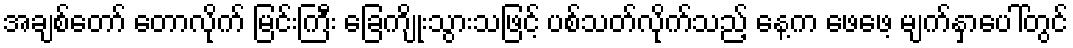
အချစ်တော် တောလိုက် မြင်းကြီး ခြေကျိုးသွားသဖြင့် ပစ်သတ်လိုက်သည့် နေ့က ဖေဖေ့ မျက်နှာပေါ်တွင်